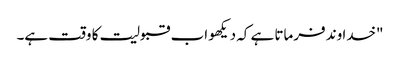
"خدا وند فرماتا ہے کہ دیکھو اب قبولیت کا وقت ہے۔